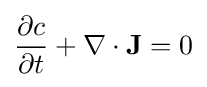
{\partial c \over {\partial t}}+\nabla \cdot {\bf {J}}=0